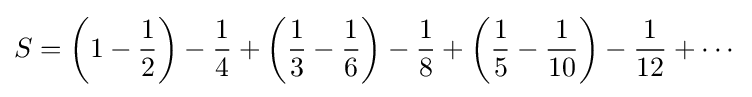
S=\left(1-{\frac {1}{2}}\right)-{\frac {1}{4}}+\left({\frac {1}{3}}-{\frac {1}{6}}\right)-{\frac {1}{8}}+\left({\frac {1}{5}}-{\frac {1}{10}}\right)-{\frac {1}{12}}+\cdots